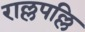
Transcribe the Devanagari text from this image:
राल्लपल्लि